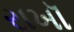
રાખૉ